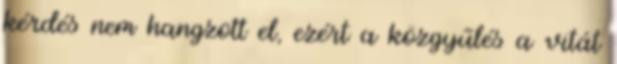
kérdés nem hangzott el, ezért a közgyűlés a vitát